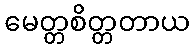
မေတ္တစိတ္တတာယ